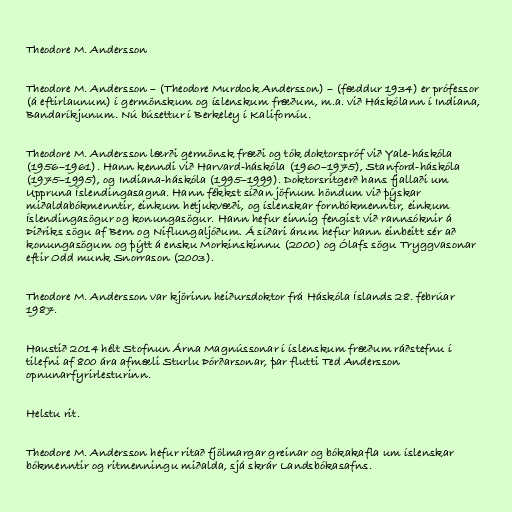
Theodore M. Andersson

Theodore M. Andersson – (Theodore Murdock Andersson) – (fæddur 1934) er prófessor
(á eftirlaunum) í germönskum og íslenskum fræðum, m.a. við Háskólann í Indiana,
Bandaríkjunum. Nú búsettur í Berkeley í Kaliforníu.

Theodore M. Andersson lærði germönsk fræði og tók doktorspróf við Yale-háskóla
(1956–1961). Hann kenndi við Harvard-háskóla (1960–1975), Stanford-háskóla
(1975–1995), og Indiana-háskóla (1995–1999). Doktorsritgerð hans fjallaði um
Uppruna Íslendingasagna. Hann fékkst síðan jöfnum höndum við þýskar
miðaldabókmenntir, einkum hetjukvæði, og íslenskar fornbókmenntir, einkum
Íslendingasögur og konungasögur. Hann hefur einnig fengist við rannsóknir á
Þiðriks sögu af Bern og Niflungaljóðum. Á síðari árum hefur hann einbeitt sér að
konungasögum og þýtt á ensku Morkinskinnu (2000) og Ólafs sögu Tryggvasonar
eftir Odd munk Snorrason (2003).

Theodore M. Andersson var kjörinn heiðursdoktor frá Háskóla Íslands 28. febrúar
1987.

Haustið 2014 hélt Stofnun Árna Magnússonar í íslenskum fræðum ráðstefnu í
tilefni af 800 ára afmæli Sturlu Þórðarsonar, þar flutti Ted Andersson
opnunarfyrirlesturinn.

Helstu rit.

Theodore M. Andersson hefur ritað fjölmargar greinar og bókakafla um íslenskar
bókmenntir og ritmenningu miðalda, sjá skrár Landsbókasafns.